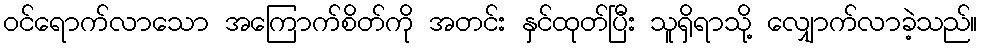
ဝင်ရောက်လာသော အကြောက်စိတ်ကို အတင်း နှင်ထုတ်ပြီး သူရှိရာသို့ လျှောက်လာခဲ့သည်။